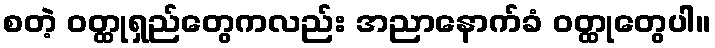
စတဲ့ ဝတ္ထုရှည်တွေကလည်း အညာနောက်ခံ ဝတ္ထုတွေပါ။